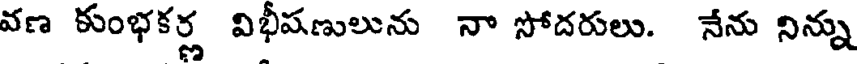
వణ కుంభకర్ణ విభీషణులును నా సోదరులు. నేను నిన్ను